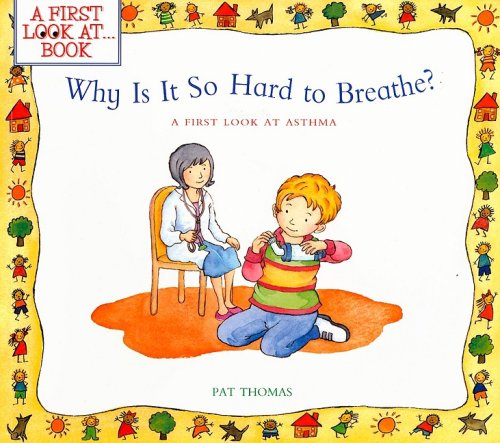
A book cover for Why Is It So Hard to Breathe?: A First Look at...Asthma (A First Look at...Series); Pat Thomas; Health, Fitness & Dieting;